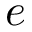
e